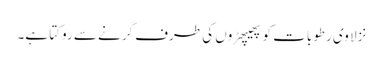
نزلا وی رطوبات کو پھیپھڑوں کی طرف گرنے سے روکتا ہے۔